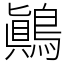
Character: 鷆